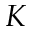
K